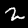
Label: 2